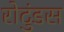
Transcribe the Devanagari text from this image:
रोटुंडस